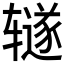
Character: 𫟦